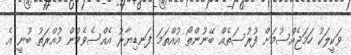
ވަކީލަކު ހަމަޖެއްސުމަށް ފުރުސަތެއް ބޭނުންތޯ އުއްތަމަ ފަނޑިޔާރު އެއްސެވެމުން މުއްރަތު ބުނީ އެ